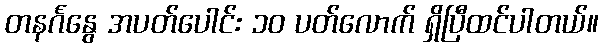
တနင်္ဂနွေ အပတ်ပေါင်း ၁၀ ပတ်လောက် ရှိပြီထင်ပါတယ်။